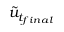
\tilde { u } _ { t _ { f i n a l } }